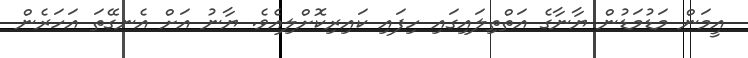
އީމަން މަޑުމަޑުން ޔާނާގެ އަތްތިލައިގައި ހިފައި ކައިރިކޮށްލިއެވެ. ޔާނު އަށް އެނގޭތަ އަހަރެން